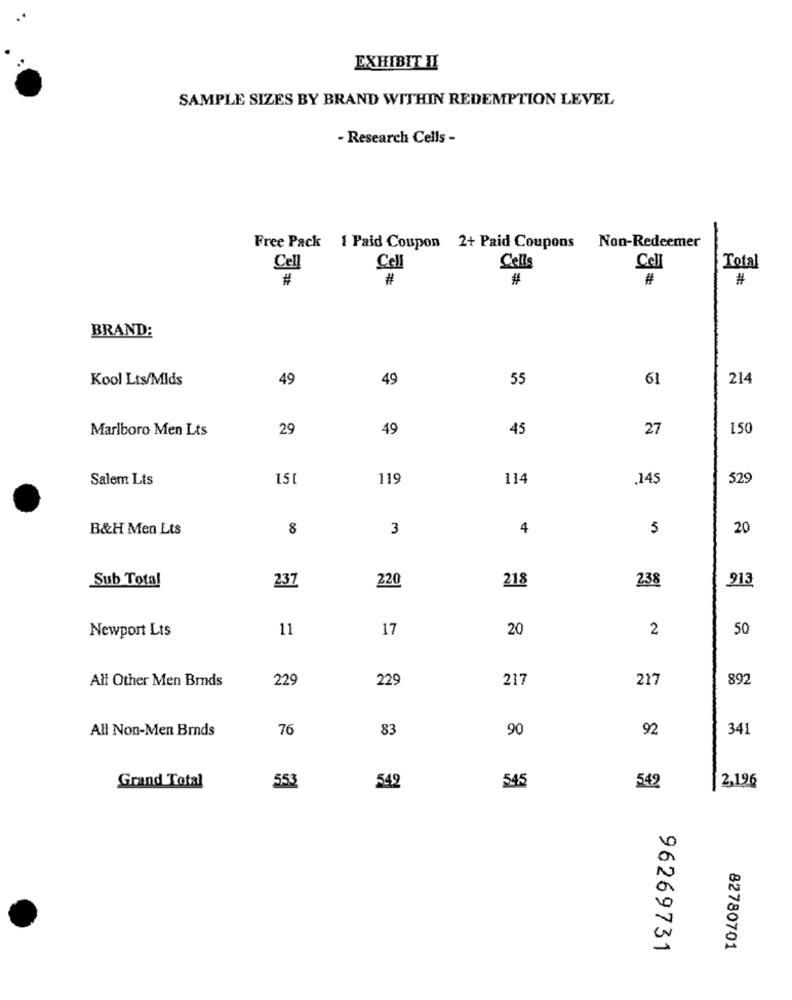
EXHIBIT II
SAMPLE SIZES BY BRAND WITHIN REDEMPTION LEVEL
- Research Cells -
Non-Redeemer
Free Pack 1 Paid Coupon 2+ Paid Coupons
Cell
Cell
Cells
Cell
Total
#
#
#
#
#
BRAND:
Kool Lts/Mids
49
49
55
61
214
Marlboro Men Lts
29
49
45
27
150
Salem Lts
150
119
114
.145
529
B&H Men Lts
8
3
4
5
20
Sub Total
218
238
237
220
913
Newport Lts
11
17
20
2
50
229
229
217
217
892
All Other Men Brnds
All Non-Men Brnds
76
83
90
92
341
Grand Total
2,196
553
542
545
542
96269731
82780701